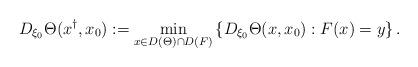
LaTeX: \begin{align*}D_{\xi_0} \Theta(x^{\dag},x_0) := \min_{x\in D(\Theta)\cap D(F) }\left\{D_{\xi_0} \Theta(x,x_0) : F(x) = y\right\}.\end{align*}